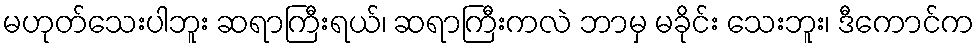
မဟုတ်သေးပါဘူး ဆရာကြီးရယ်၊ ဆရာကြီးကလဲ ဘာမှ မခိုင်း သေးဘူး၊ ဒီကောင်က